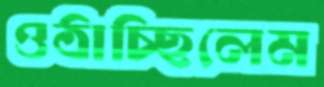
ওঠাচ্ছিলেম